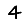
Digit: 4